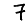
Digit: 7